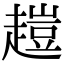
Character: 𧽊